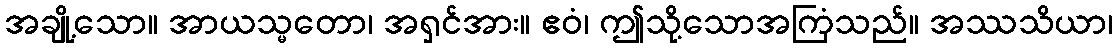
အချို့သော။ အာယသ္မတော၊ အရှင်အား။ ဧဝံ၊ ဤသို့သောအကြံသည်။ အဿသိယာ၊